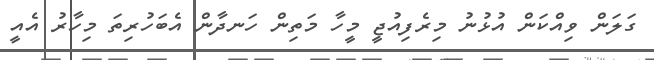
ގަލަން ވިއްކަން އުޅުނު މިރެފިއުޖީ މީހާ މަތިން ހަނދާން އެބަހުރިތަ މިހާރު އެއީ